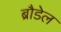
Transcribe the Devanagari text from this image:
ब्रौडेल